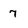
Character: 7